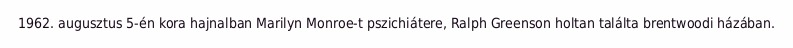
1962. augusztus 5-én kora hajnalban Marilyn Monroe-t pszichiátere, Ralph Greenson holtan találta brentwoodi házában.